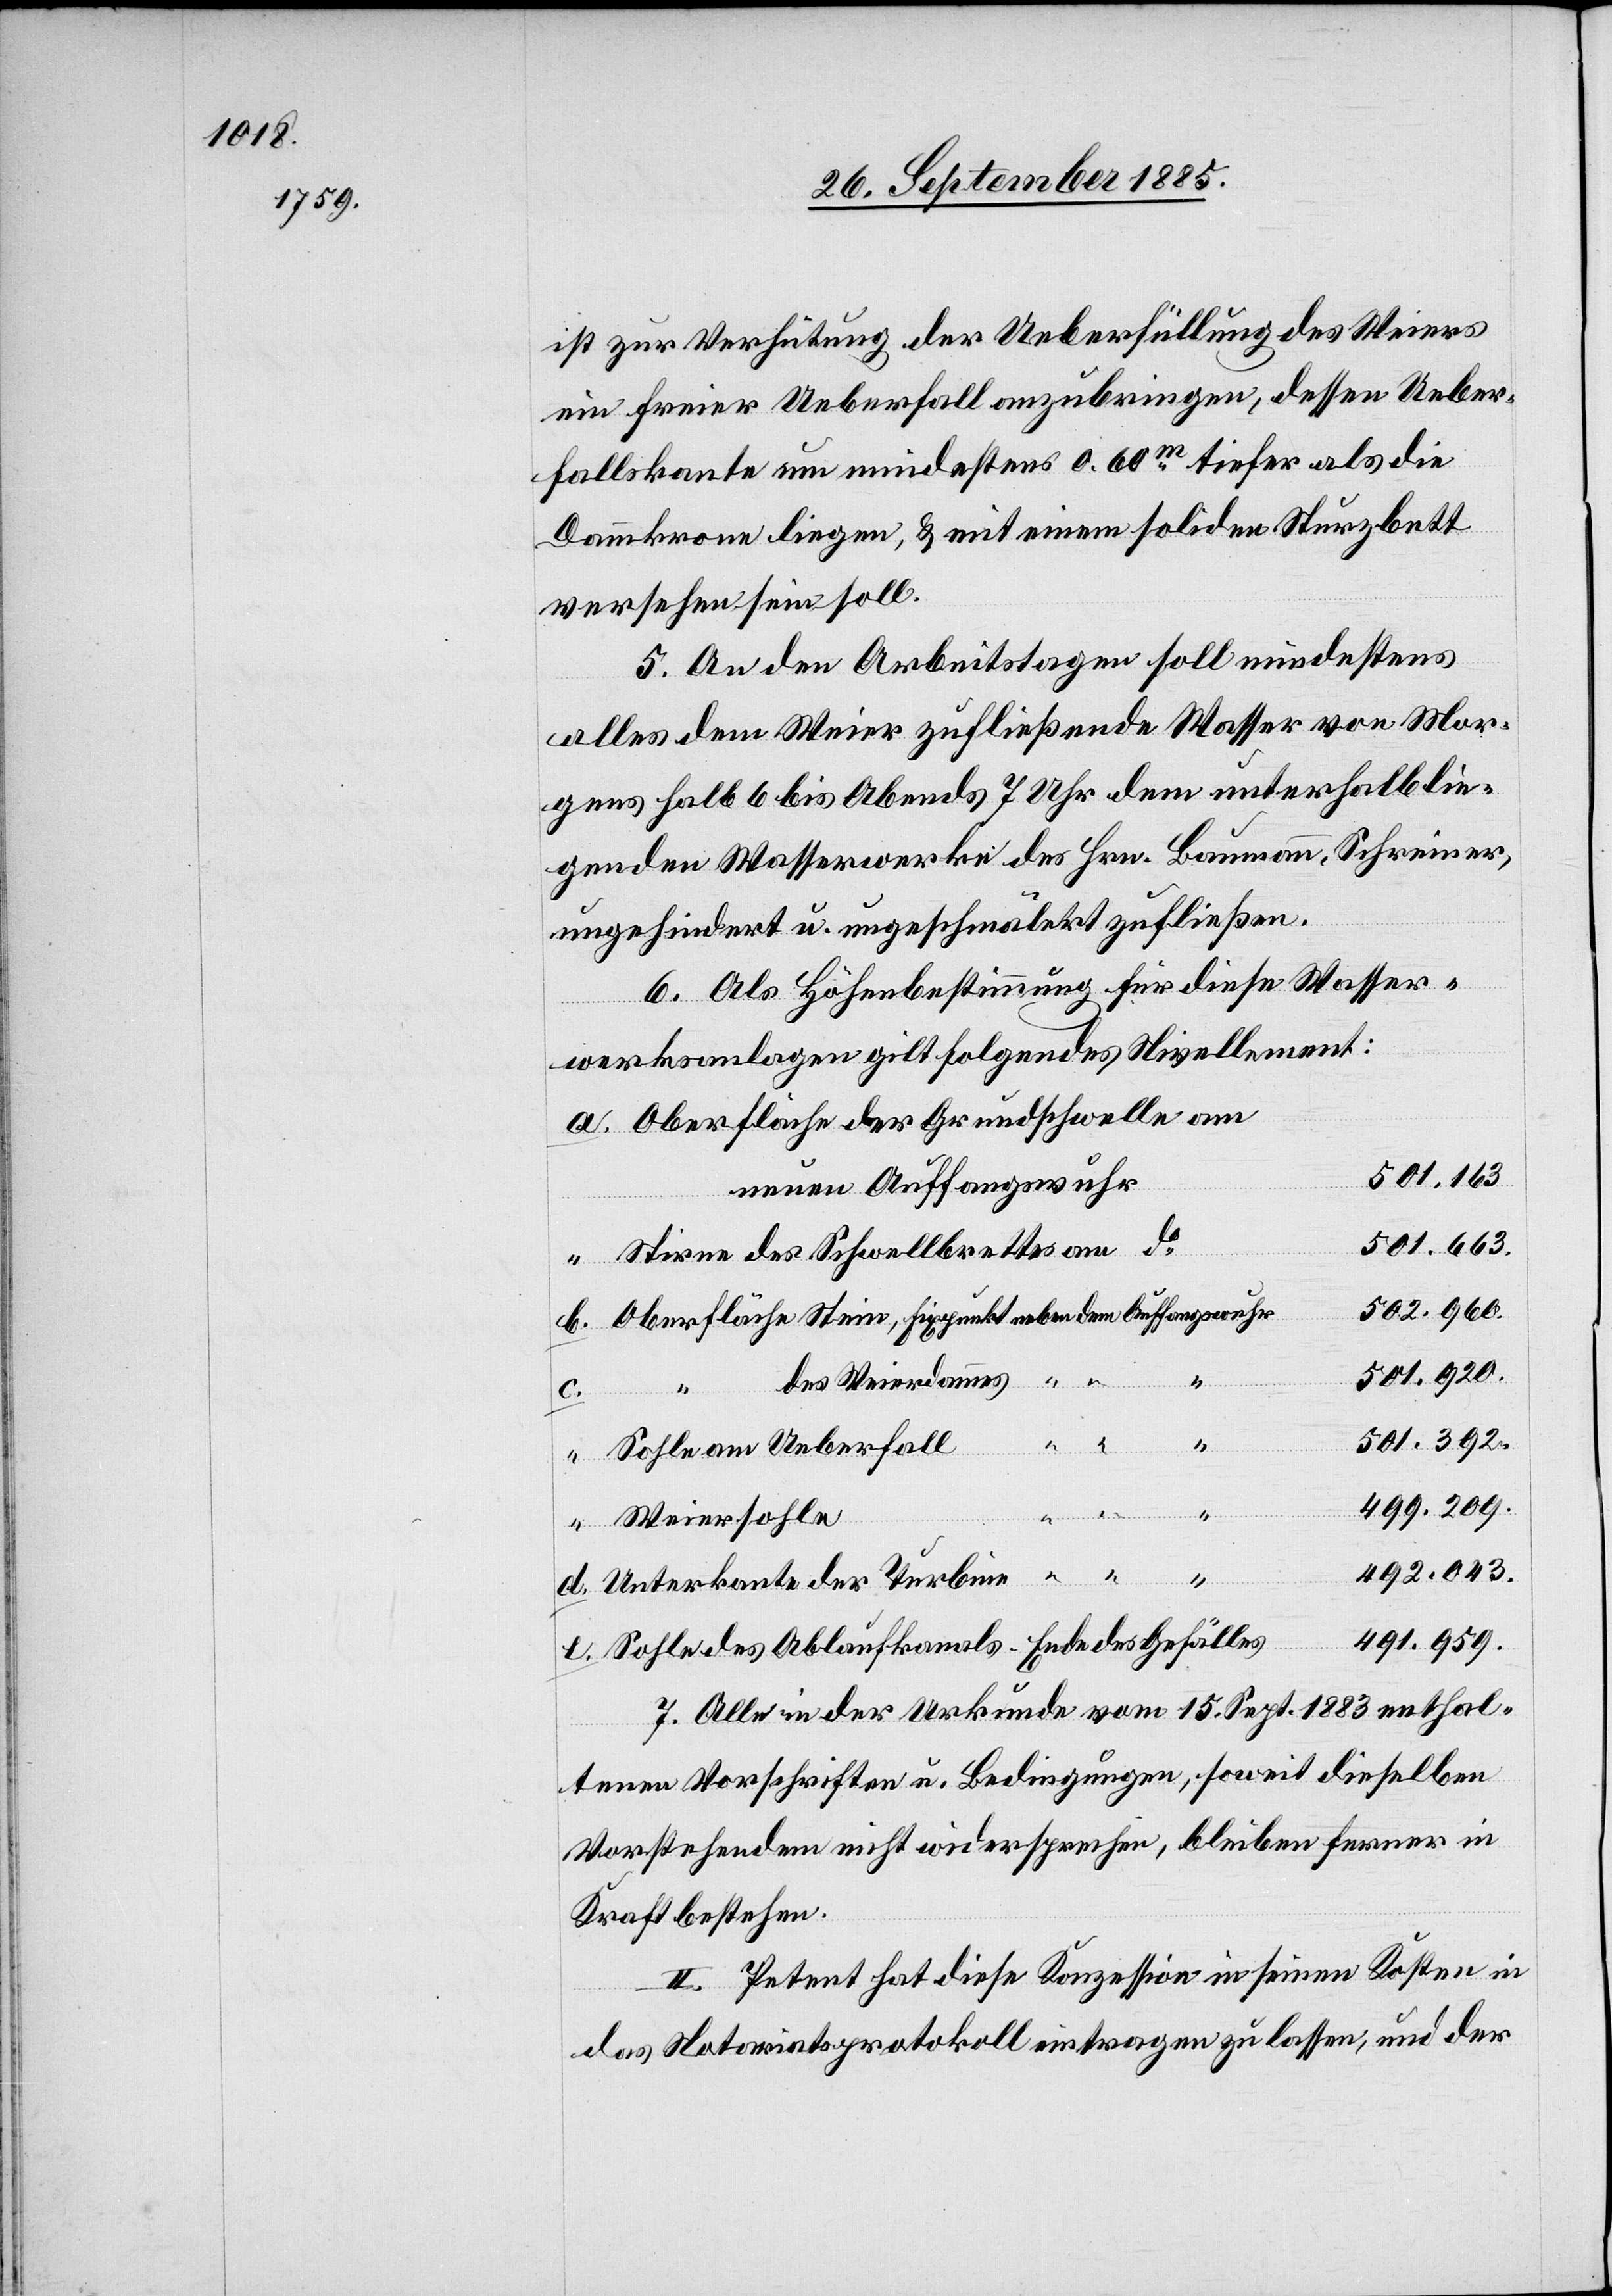
ist zur Verhütung der Ueberfüllung des Weiers
ein freier Ueberfall anzubringen, dessen Ueber¬
fallskante um mindestens 0.60m tiefer als die
Dammkrone liegen & mit einem soliden Sturzbett
versehen sein soll.
5. An den Arbeitstagen soll mindestens
alles dem Weier zufließende Wasser von Mor¬
gens halb 6 bis Abends 7 Uhr dem unterhalb lie¬
genden Wasserwerke des Hrn. Baumann, Schreiner,
ungehindert u. ungeschmälert zufließen.
6. Als Höhenbestimmung für diese Wasser¬
werksanlage gilt folgendes Nivellement:
Oberfläche der Grundschwelle am
neuen Auffangswuhr
501.663.
Stirne des Schwellbrettes am do
502.960.
501.920.
“
des Weierdammes
dem
gswuhr
c.
501.392.
e.
Oberfläche
Sohlen am Ueberfall
499.209.
Weiersohle
492.043.
Unterkante der Turbine
491.959.
Sohle des Ablaufkanals. Ende des Gefälles
7. Alle in der Urkunde vom 15. Sept. 1883 enthal¬
tenen Vorschriften u. Bedingungen, soweit dieselben
Vorstehenden nicht widersprechen, bleiben ferner in
Kraft bestehen.
II. Petent hat diese Konzession in seinen Kosten in
das Notariatsprotokoll eintragen zu lassen, und der